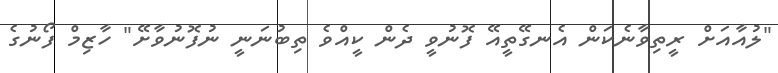
"ލުއާއަށް ރީތިވާނެކަން އެނގޭތީއޭ ފޮނުވީ ދެން ކީއްވެ ތިބުނަނީ ނުފޮނުވާށޭ" ހާޒިމް ފޯނުގެ